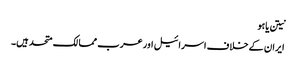
نیتن یاہو
ایران کے خلاف اسرائیل اور عرب ممالک متحد ہیں۔